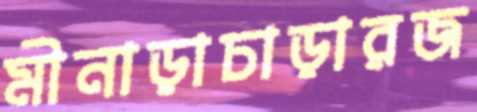
মীনাড়াচাড়ারজ